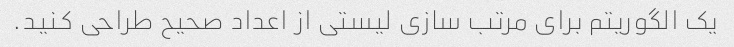
یک الگوریتم برای مرتب سازی لیستی از اعداد صحیح طراحی کنید.